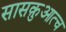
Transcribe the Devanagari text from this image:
सासक़ुआत्च